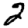
Digit: 2